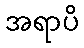
အရာပိ